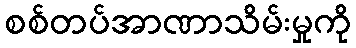
စစ်တပ်အာဏာသိမ်းမှုကို